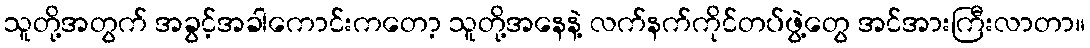
သူတို့အတွက် အခွင့်အခါကောင်းကတော့ သူတို့အနေနဲ့ လက်နက်ကိုင်တပ်ဖွဲ့တွေ အင်အားကြီးလာတာ။